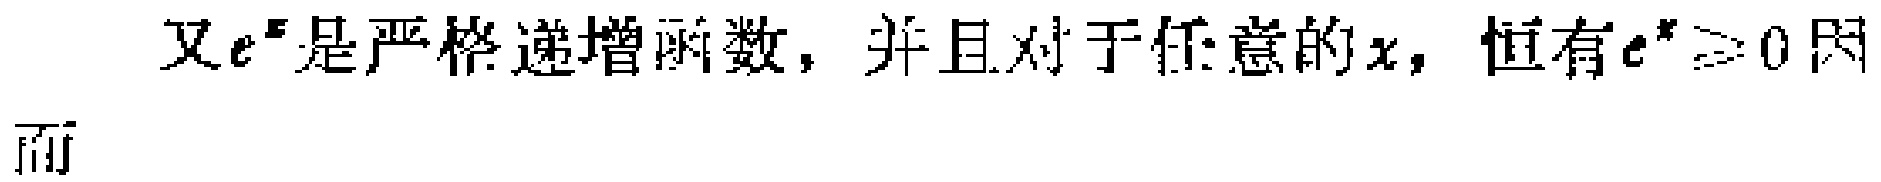
又\(e^{x}\)是严格递增函数，并且对于任意的\(x\)，恒有\(e^{x}\geq0\)因

而